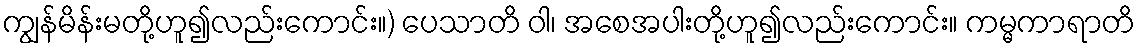
ကျွန်မိန်းမတို့ဟူ၍လည်းကောင်း။) ပေသာတိ ဝါ၊ အစေအပါးတို့ဟူ၍လည်းကောင်း။ ကမ္မကာရာတိ